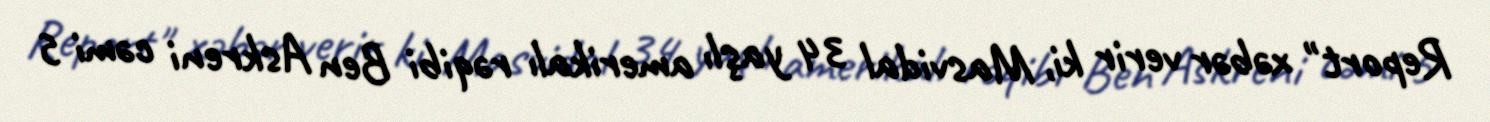
Report" xəbər verir ki, Masvidal 34 yaşlı amerikalı rəqibi Ben Askreni cəmi 5